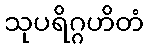
သုပရိဂ္ဂဟိတံ